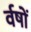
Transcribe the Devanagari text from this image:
र्वषों